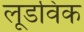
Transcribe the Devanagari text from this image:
लूडविक